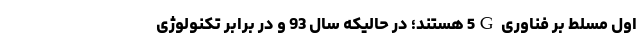
اول مسلط بر فناوری 5G هستند؛ در حالیکه سال 93 و در برابر تکنولوژی